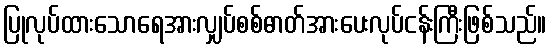
ပြုလုပ်ထားသောရေအားလျှပ်စစ်ဓာတ်အားပေးလုပ်ငန်းကြီးဖြစ်သည်။